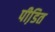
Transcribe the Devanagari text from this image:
पीडि़त